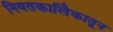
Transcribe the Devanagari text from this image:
नियतकालिेकातून